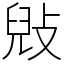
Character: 㪒